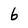
Character: 6